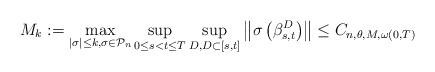
LaTeX: \begin{align*}M_{k}:=\max_{\left\vert \sigma \right\vert \leq k,\sigma \in \mathcal{P}_{n}}\sup_{0\leq s<t\leq T}\sup_{D,D\subset \left[ s,t\right] }\left\Vert\sigma \left( \beta _{s,t}^{D}\right) \right\Vert \leq C_{n,\theta ,M,\omega\left( 0,T\right) } \end{align*}